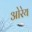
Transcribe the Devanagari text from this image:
ओरेय